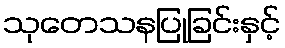
သုတေသနပြုခြင်းနှင့်